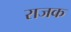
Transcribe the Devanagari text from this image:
राजक